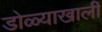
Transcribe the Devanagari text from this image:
डोळ्याखाली